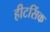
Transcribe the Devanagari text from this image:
हीटसिंक